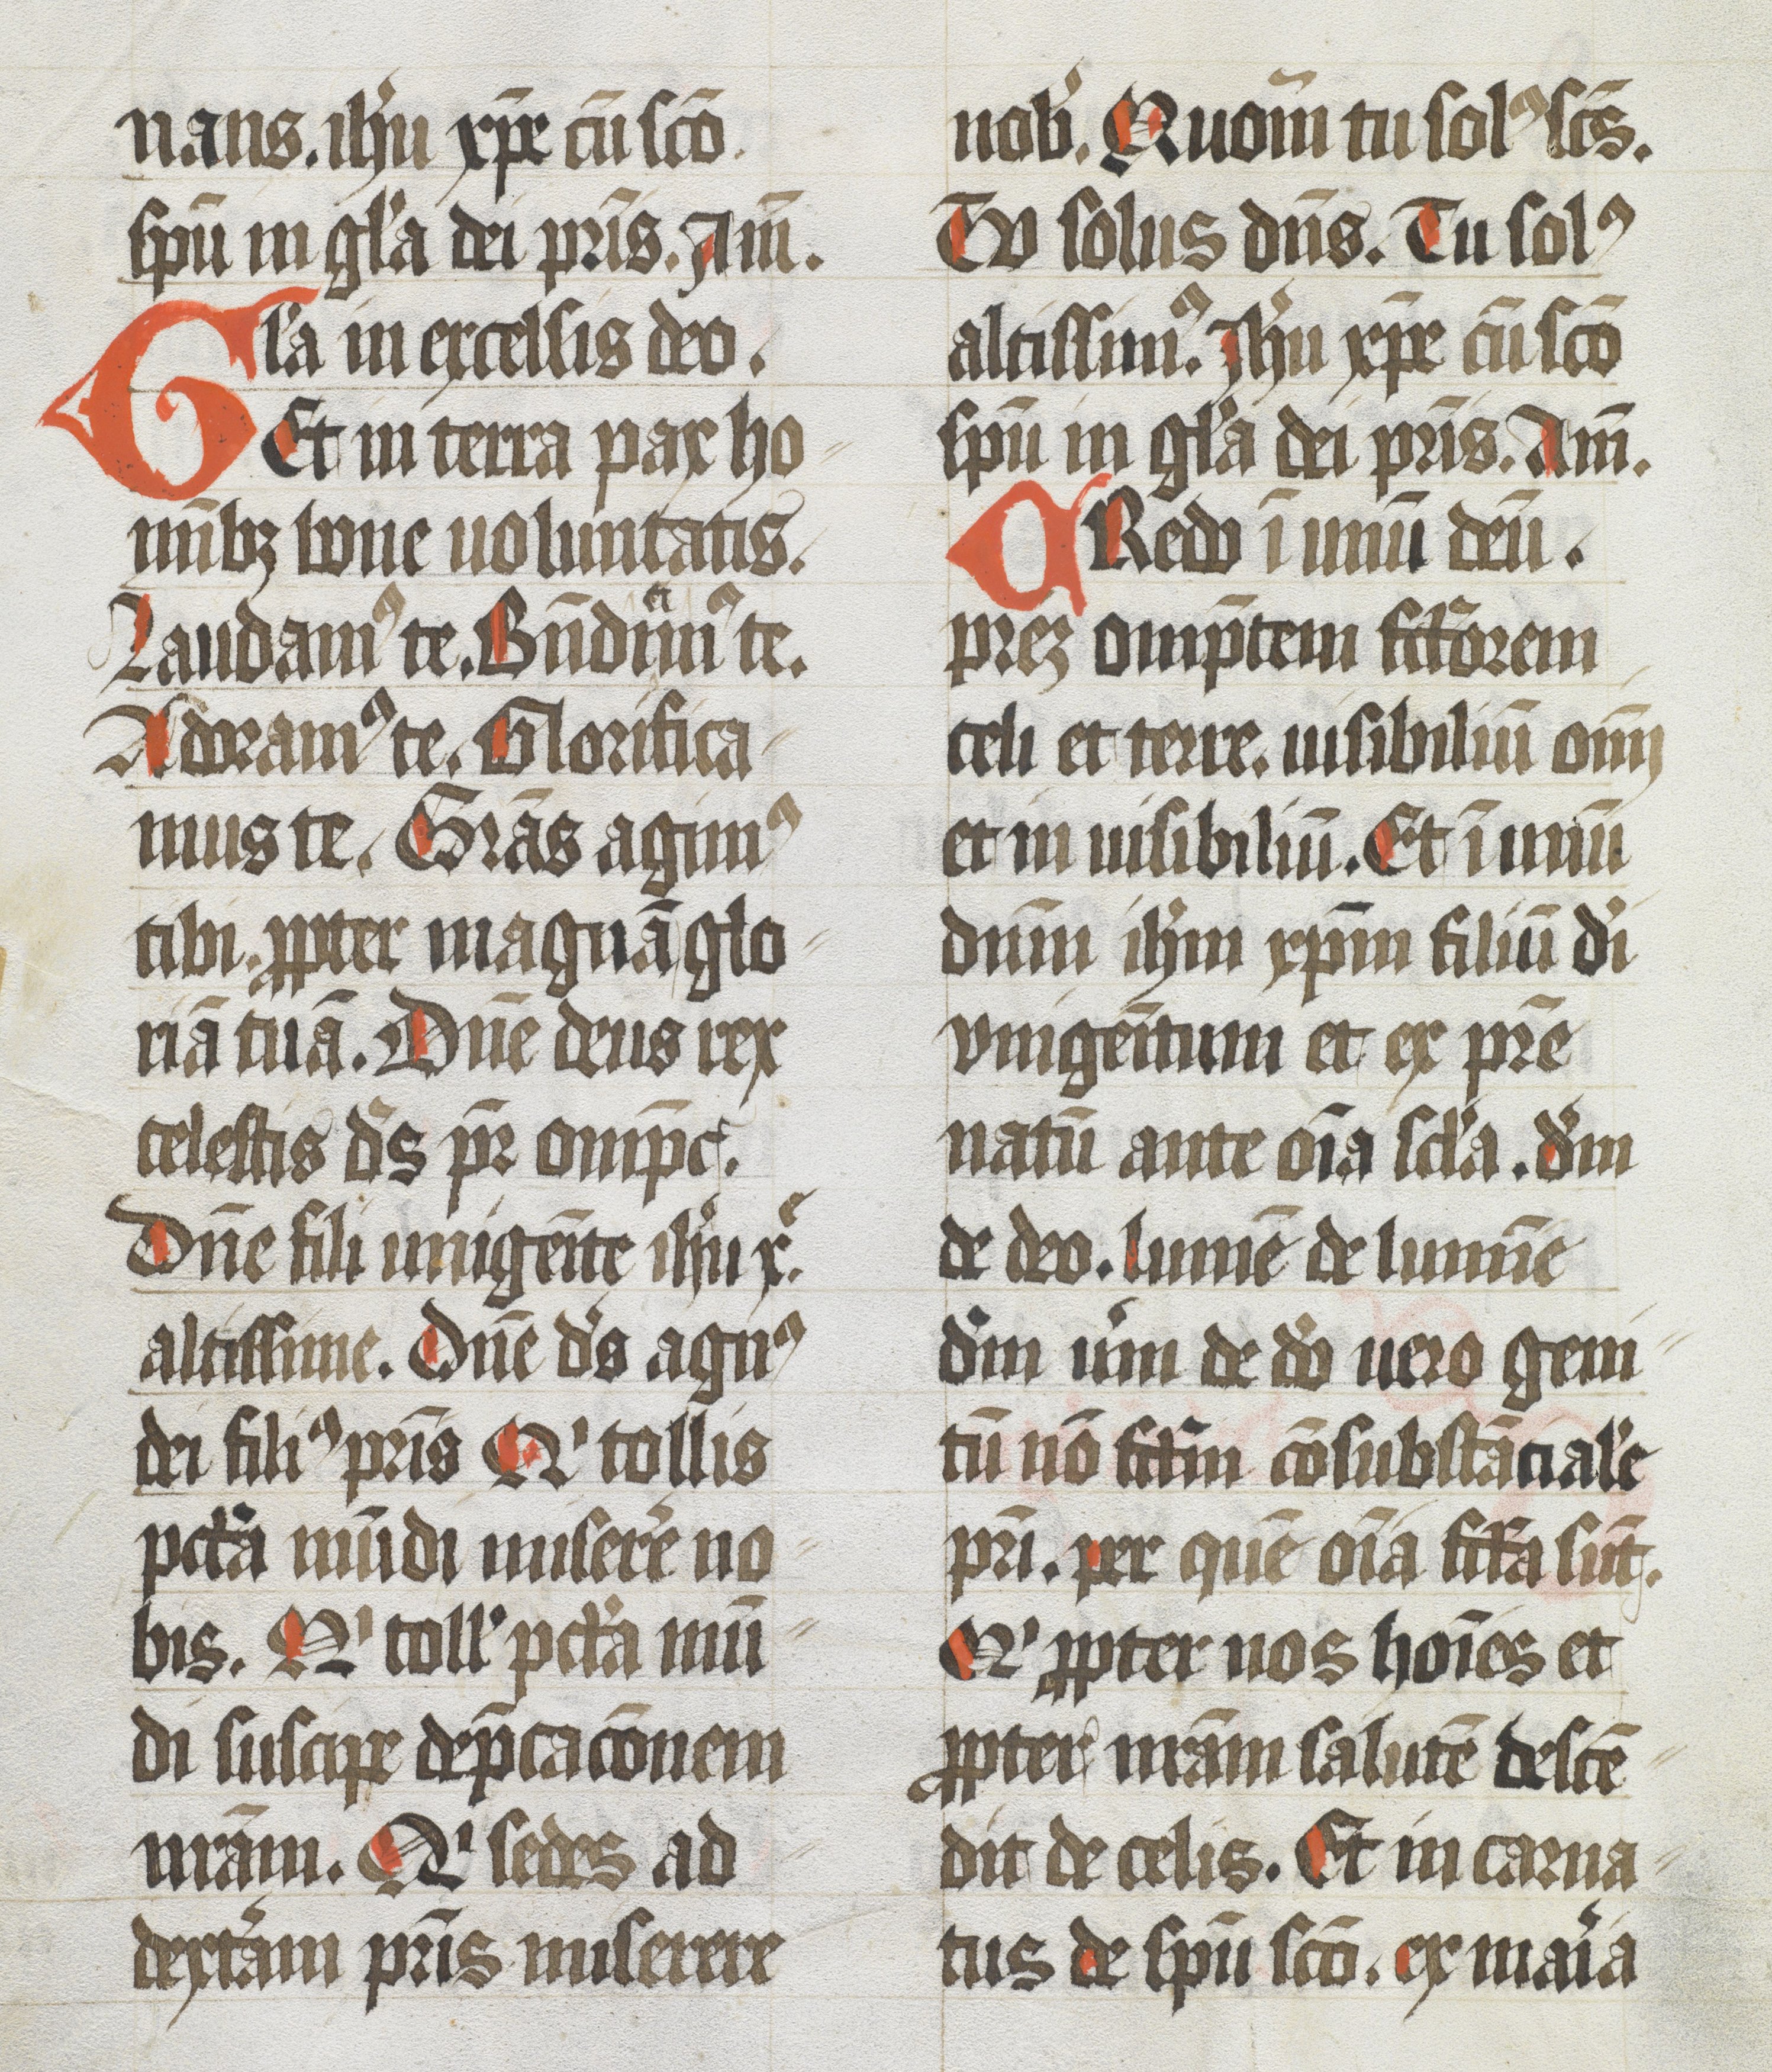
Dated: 1400–1499